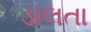
ડાલતા